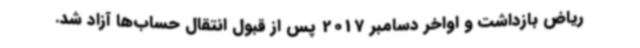
ریاض بازداشت و اواخر دسامبر 2017 پس از قبول انتقال حساب‌ها آزاد شد.